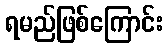
ရမည်ဖြစ်ကြောင်း